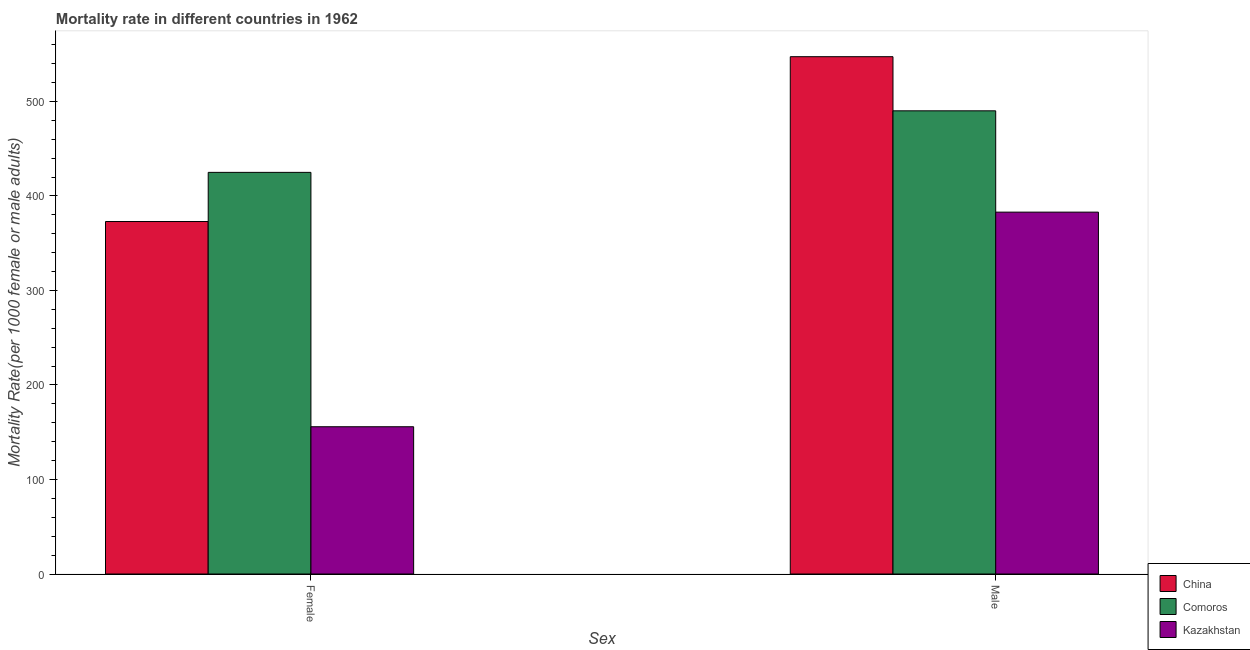
| Sex | China | Comoros | Kazakhstan |
 | --- | --- | --- | --- |
 | Female | 373 | 425 | 156 |
 | Male | 547 | 490 | 383 |